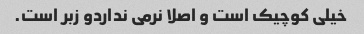
خیلی کوچیک است و اصلا نرمی نداردو زبر است.